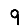
Digit: 9